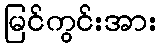
မြင်ကွင်းအား